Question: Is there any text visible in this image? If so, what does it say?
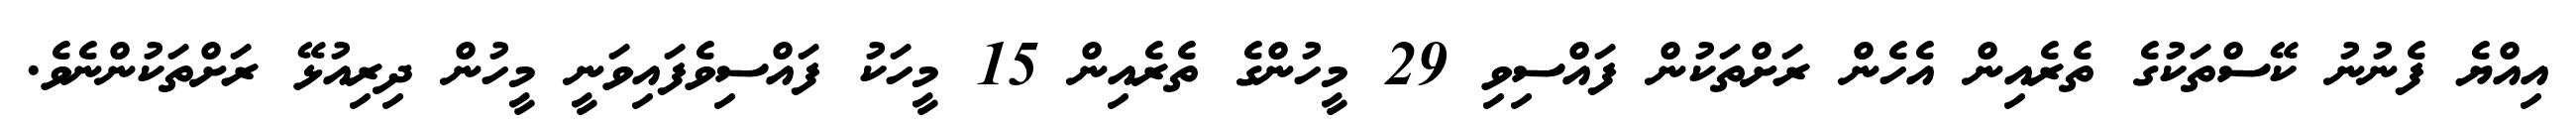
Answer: އިއްޔެ ފެނުނު ކޭސްތަކުގެ ތެރެއިން އެހެން ރަށްތަކުން ފައްސިވި 29 މީހުންގެ ތެރެއިން 15 މީހަކު ފައްސިވެފައިވަނީ މީހުން ދިރިއުޅޭ ރަށްތަކުންނެވެ.